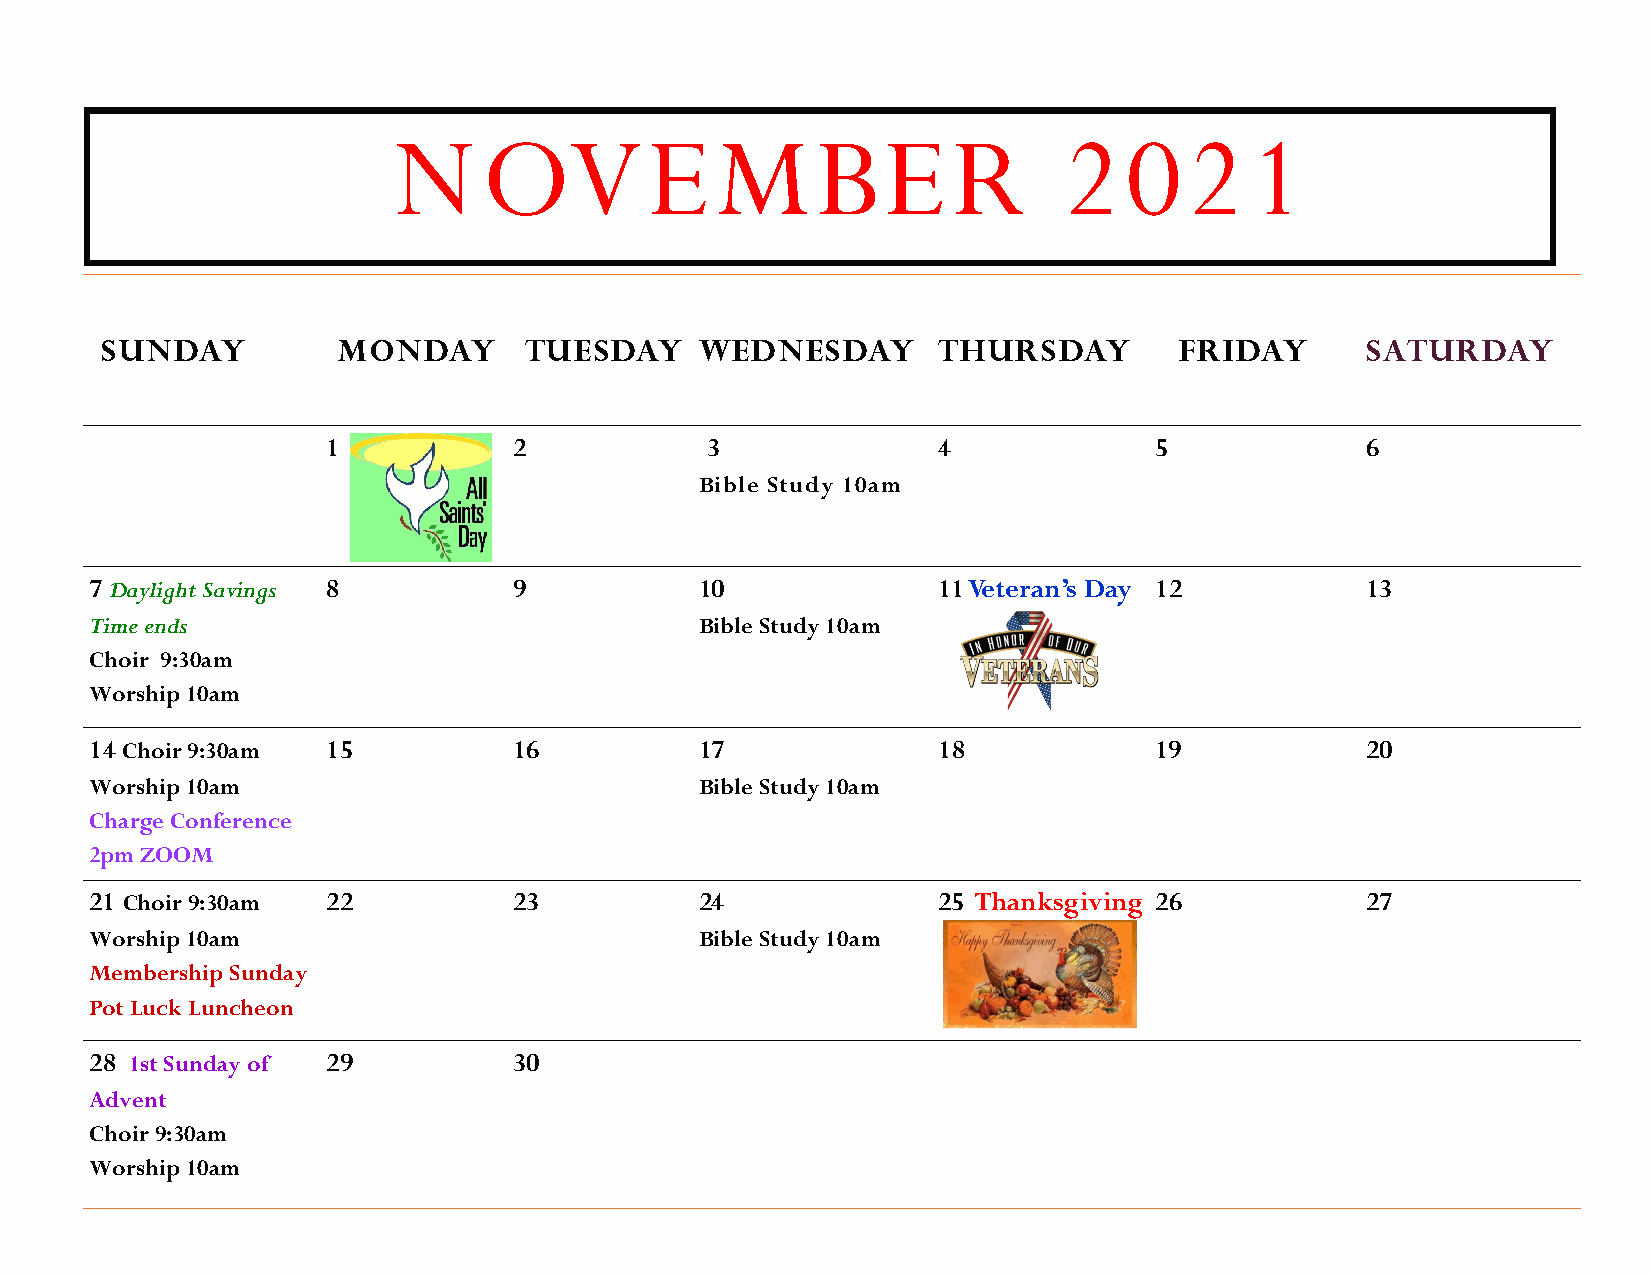
NOVEMBER                                    2021
 SUNDAY         MONDAY       TUESDAY    WEDNESDAY       THURSDAY        FRIDAY      SATURDAY
 1           2            3              4             5             6
 Bible Study 10am
 7 Daylight Savings 8        9           10              11 Veteran’s Day 12         13
 Time ends                               Bible Study 10am
 Choir 9:30am
 Worship 10am
 14 Choir 9:30am 15          16          17              18            19            20
 Worship 10am                            Bible Study 10am
 Charge Conference
 2pm ZOOM
 21 Choir 9:30am 22          23          24              25 Thanksgiving 26          27
 Worship 10am                            Bible Study 10am
 Membership Sunday
 Pot Luck Luncheon
 28 1st Sunday of 29         30
 Advent
 Choir 9:30am
 Worship 10am